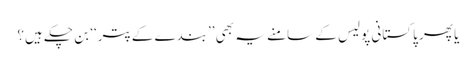
یا پھر پاکستانی پولیس کے سامنے یہ بھی ’’بندے کے پتر‘‘ بن چکے ہیں؟